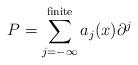
LaTeX: \begin{align*}P=\sum_{j=-\infty}^{\rm finite} a_j(x) \partial^j\end{align*}